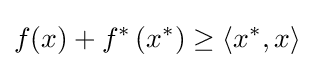
f(x)+f^{*}\left(x^{*}\right)\geq \left\langle x^{*},x\right\rangle